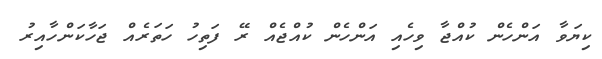
ކިޔަވާ އަންހެން ކުއްޖާ ވިހެއި އަންހެން ކުއްޖެއް ރޭ ފަތިހު ހަތަރެއް ޖަހާކަންހާއިރު